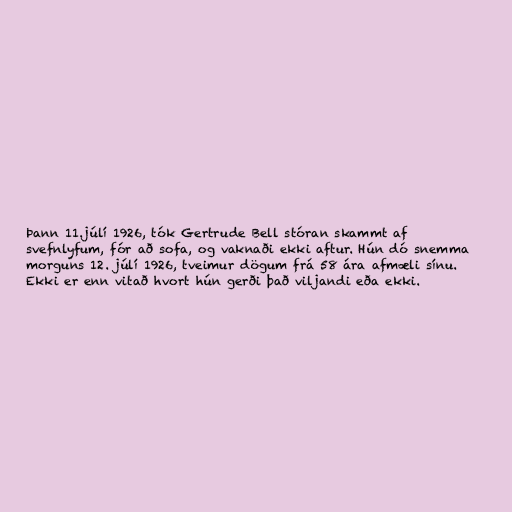
Þann 11.júlí 1926, tók Gertrude Bell stóran skammt af
svefnlyfum, fór að sofa, og vaknaði ekki aftur. Hún dó snemma
morguns 12. júlí 1926, tveimur dögum frá 58 ára afmæli sínu.
Ekki er enn vitað hvort hún gerði það viljandi eða ekki.